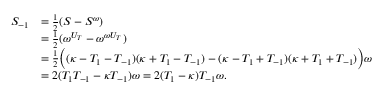
\begin{array} { r l } { S _ { - 1 } } & { = \frac { 1 } { 2 } ( S - S ^ { \omega } ) } \\ & { = \frac { 1 } { 2 } ( \omega ^ { U _ { T } } - \omega ^ { \omega U _ { T } } ) } \\ & { = \frac { 1 } { 2 } \Big ( ( \kappa - T _ { 1 } - T _ { - 1 } ) ( \kappa + T _ { 1 } - T _ { - 1 } ) - ( \kappa - T _ { 1 } + T _ { - 1 } ) ( \kappa + T _ { 1 } + T _ { - 1 } ) \Big ) \omega } \\ & { = 2 ( T _ { 1 } T _ { - 1 } - \kappa T _ { - 1 } ) \omega = 2 ( T _ { 1 } - \kappa ) T _ { - 1 } \omega . } \end{array}